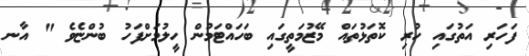
ފަހަރި އަތުގައި ހުރި ކޮތަޅުތައް މޭޒުމަތީގައި ބަހައްޓަމުން ހީލުމަށްފަހު ބުންޏެވެ " އާނ